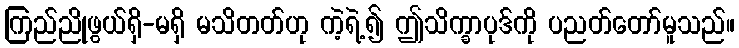
ကြည်ညိုဖွယ်ရှိ-မရှိ မသိတတ်ဟု ကဲ့ရဲ့၍ ဤသိက္ခာပုဒ်ကို ပညတ်တော်မူသည်။